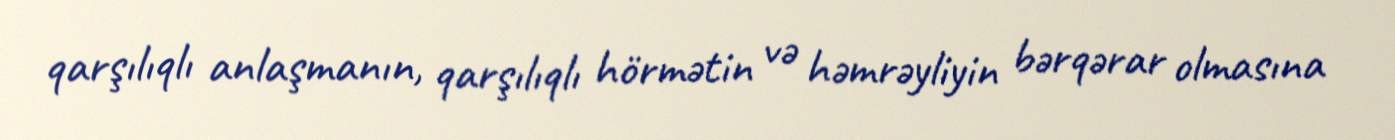
qarşılıqlı anlaşmanın, qarşılıqlı hörmətin və həmrəyliyin bərqərar olmasına